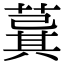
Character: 𦸆